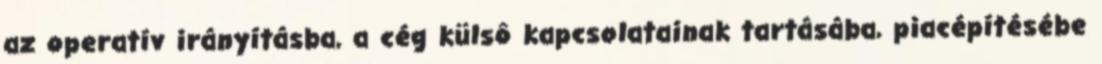
az operatív irányításba, a cég külsô kapcsolatainak tartásába, piacépítésébe